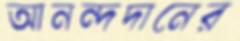
আনন্দদানের